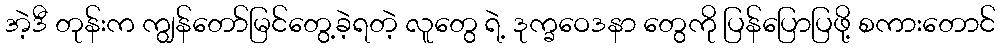
အဲ့ဒီ တုန်းက ကျွန်တော်မြင်တွေ့ခဲ့ရတဲ့ လူတွေ ရဲ့ ဒုက္ခဝေဒနာ တွေကို ပြန်ပြောပြဖို့ စကားတောင်